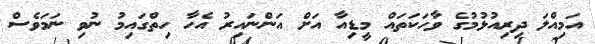
އަމިއްލަ ދިރިއުޅުމުގެ ވާހަކަތައް މީޑިއާ އަށް އަންނައިރު އެހާ ހިތްގައިމު ނުވި ނަމަވެސް